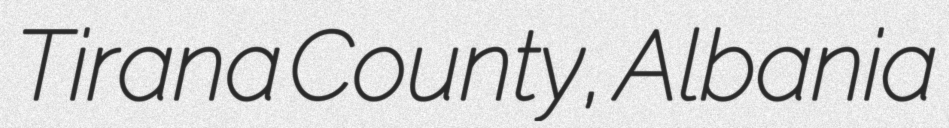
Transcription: Tirana County, Albania